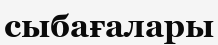
сыбағалары